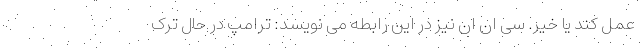
عمل کند یا خیر. سی ان ان نیز در این رابطه می نویسد: ترامپ در حال ترک